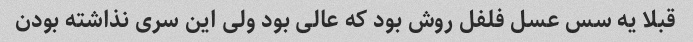
قبلا یه سس عسل فلفل روش‌ بود که عالی بود ولی این سری‌ نذاشته بودن